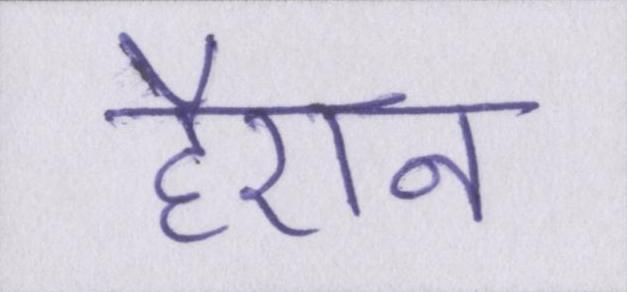
हैरान